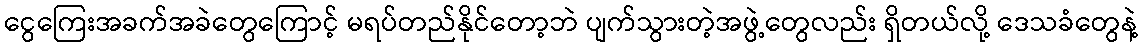
ငွေကြေးအခက်အခဲတွေကြောင့် မရပ်တည်နိုင်တော့ဘဲ ပျက်သွားတဲ့အဖွဲ့တွေလည်း ရှိတယ်လို့ ဒေသခံတွေနဲ့